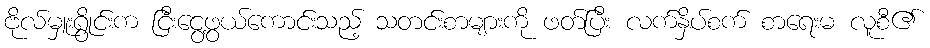
ဗိုလ်မှူးရွိုင်းက ငြီးငွေ့ဖွယ်ကောင်းသည့် သတင်းစာများကို ဖတ်ပြီး လက်နှိပ်စက် စာရေးမ လူစီ၏